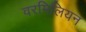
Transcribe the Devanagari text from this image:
वरमिलियन